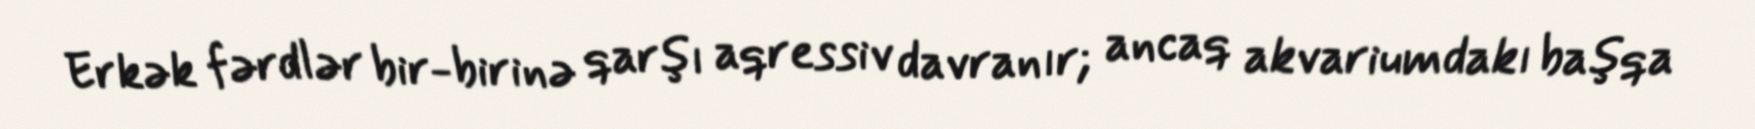
Erkək fərdlər bir-birinə qarşı aqressiv davranır; ancaq akvariumdakı başqa